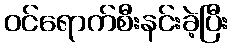
ဝင်ရောက်စီးနင်းခဲ့ပြီး